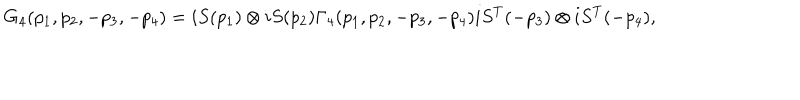
G _ { 4 } ( p _ { 1 } , p _ { 2 } , - p _ { 3 } , - p _ { 4 } ) = i S ( p _ { 1 } ) \otimes i S ( p _ { 2 } ) \Gamma _ { 4 } ( p _ { 1 } , p _ { 2 } , - p _ { 3 } , - p _ { 4 } ) i S ^ { T } ( - p _ { 3 } ) \otimes i S ^ { T } ( - p _ { 4 } ) ,